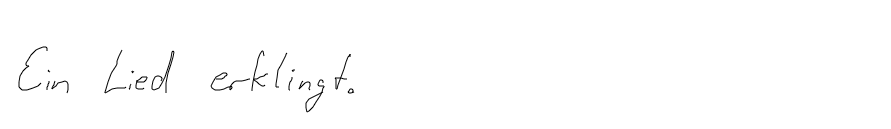
Ein Lied erklingt.